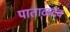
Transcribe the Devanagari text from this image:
पाताळदेव